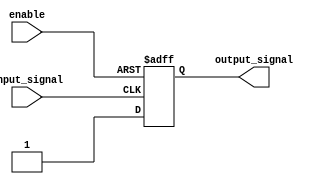
module IO_Buffer(
    input wire input_signal,
    output reg output_signal,
    input wire enable
);

// TTL buffer logic
always @ (posedge input_signal or negedge enable) begin
    if (enable) begin
        if (input_signal) begin
            output_signal <= 1'b1;
        end else begin
            output_signal <= 1'b0;
        end
    end else begin
        output_signal <= 1'bz; // tri-state output when buffer is disabled
    end
end

endmodule